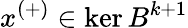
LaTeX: x^{(+)}\in\ker B^{k+1}